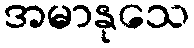
အမာနုသေ